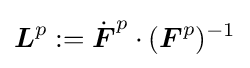
{\boldsymbol {L}}^{p}:={\dot {\boldsymbol {F}}}^{p}\cdot ({\boldsymbol {F}}^{p})^{-1}